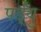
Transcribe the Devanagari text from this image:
पर्ड्यु